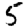
Digit: 5